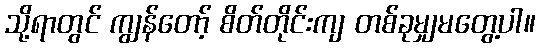
သို့ရာတွင် ကျွန်တော့် စိတ်တိုင်းကျ တစ်ခုမျှမတွေ့ပါ။